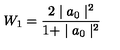
W _ { 1 } = \frac { 2 \mid a _ { 0 } \mid ^ { 2 } } { 1 + \mid a _ { 0 } \mid ^ { 2 } }